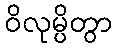
ဝိလုမ္ပိတွာ